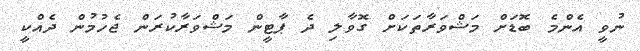
ނުވީ އެންމެ ބޮޑަށް މަޝްވަރާތަކަށް ގޮވާލި ދެ ޕާޓީން މަޝްވަރާކުރަން ޖެހުމުން ދެއްކީ